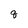
Character: q